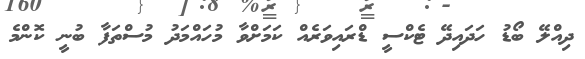
ދިއްލޭ ބޯޑު ހަދައިދޭ ޓެކްސީ ޑްރައިވަރެއް ކަމަށްވާ މުހައްމަދު މުސްތަފާ ބުނީ ކޮންމެ